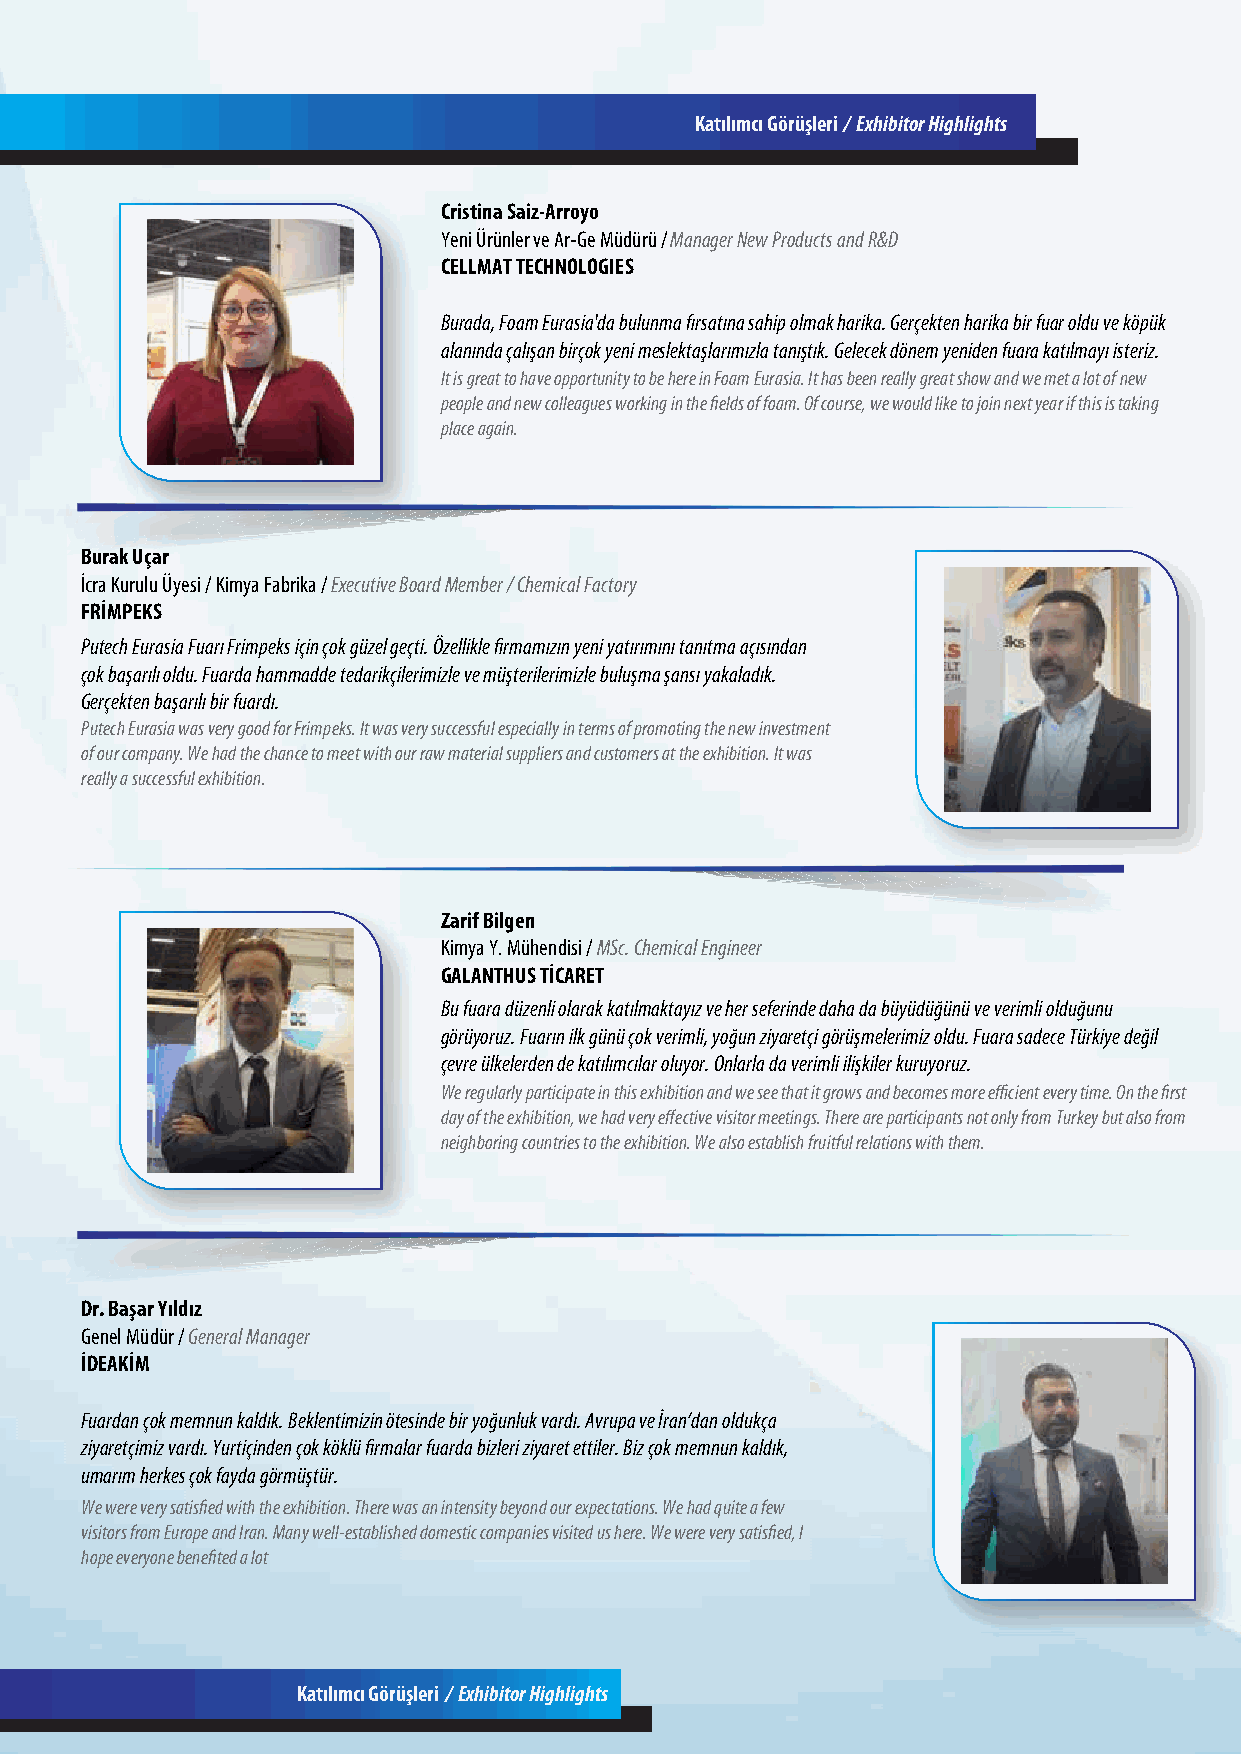
KatılıBmacsıı nG öYraünşsleımria /l a Erxı h/ iMbietdoira H Ciogvhelirgahgtes
 Cristina Saiz-Arroyo
 Yeni Ürünler ve Ar-Ge Müdürü / Manager New Products and R&D
 CELLMAT TECHNOLOGIES
 Burada, Foam Eurasia'da bulunma fırsatına sahip olmak harika. Gerçekten harika bir fuar oldu ve köpük
 alanında çalışan birçok yeni meslektaşlarımızla tanıştık. Gelecek dönem yeniden fuara katılmayı isteriz.
 It is great to have opportunity to be here in Foam Eurasia. It has been really great show and we met a lot of new
 people and new colleagues working in the fields of foam. Of course, we would like to join next year if this is taking
 place again.
 Burak Uçar
 İcra Kurulu Üyesi / Kimya Fabrika / Executive Board Member / Chemical Factory
 FRİMPEKS
 Putech Eurasia Fuarı Frimpeks için çok güzel geçti. Özellikle firmamızın yeni yatırımını tanıtma açısından
 çok başarılı oldu. Fuarda hammadde tedarikçilerimizle ve müşterilerimizle buluşma şansı yakaladık.
 Gerçekten başarılı bir fuardı.
 Putech Eurasia was very good for Frimpeks. It was very successful especially in terms of promoting the new investment
 of our company. We had the chance to meet with our raw material suppliers and customers at the exhibition. It was
 really a successful exhibition.
 Zarif Bilgen
 Kimya Y. Mühendisi / MSc. Chemical Engineer
 GALANTHUS TİCARET
 Bu fuara düzenli olarak katılmaktayız ve her seferinde daha da büyüdüğünü ve verimli olduğunu
 görüyoruz. Fuarın ilk günü çok verimli, yoğun ziyaretçi görüşmelerimiz oldu. Fuara sadece Türkiye değil
 çevre ülkelerden de katılımcılar oluyor. Onlarla da verimli ilişkiler kuruyoruz.
 We regularly participate in this exhibition and we see that it grows and becomes more efficient every time. On the first
 day of the exhibition, we had very effective visitor meetings. There are participants not only from Turkey but also from
 neighboring countries to the exhibition. We also establish fruitful relations with them.
 Dr. Başar Yıldız
 Genel Müdür / General Manager
 İDEAKİM
 Fuardan çok memnun kaldık. Beklentimizin ötesinde bir yoğunluk vardı. Avrupa ve İran’dan oldukça
 ziyaretçimiz vardı. Yurtiçinden çok köklü firmalar fuarda bizleri ziyaret ettiler. Biz çok memnun kaldık,
 umarım herkes çok fayda görmüştür.
 We were very satisfied with the exhibition. There was an intensity beyond our expectations. We had quite a few
 visitors from Europe and Iran. Many well-established domestic companies visited us here. We were very satisfied, I
 hope everyone benefited a lot
 Katılımcı Görüşleri / Exhibitor Highlights